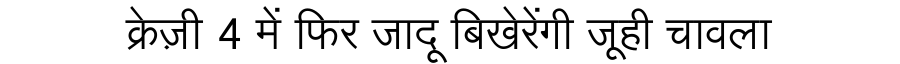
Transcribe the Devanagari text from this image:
क्रेज़ी 4 में फिर जादू बिखेरेंगी जूही चावला